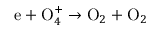
\mathrm e + \mathrm O _ { 4 } ^ { + } \to \mathrm O _ { 2 } + \mathrm O _ { 2 }